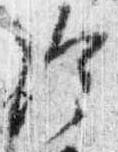
給